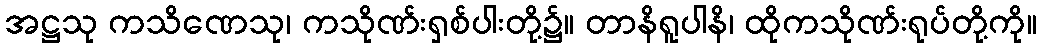
အဋ္ဌသု ကသိဏေသု၊ ကသိုဏ်းရှစ်ပါးတို့၌။ တာနိရူပါနိ၊ ထိုကသိုဏ်းရုပ်တို့ကို။